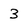
Character: 3